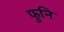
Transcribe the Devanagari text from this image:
फुनि